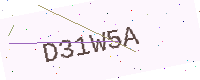
Text: D31W5A